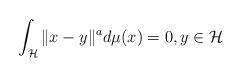
LaTeX: \begin{align*}\int_{\mathcal{H}}\|x-y\|^{a}d\mu(x)=0 , y \in \mathcal{H}\end{align*}